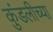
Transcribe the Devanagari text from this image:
कुंडलीच्या